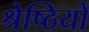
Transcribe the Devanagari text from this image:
श्रेष्ठियों